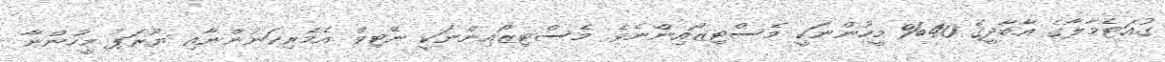
ގުއަޓެމާލާގެ އާބާދީގެ 40% މީހުންނަކީ މެސްޓިޒޯއިންނެވެ. މެސްޓިޒޯއިންނަކީ ނޭޓިވް އެމެރިކަނުންނާއި ޔޫރަޕު މީހުންނާ